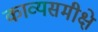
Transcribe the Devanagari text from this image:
काव्यसमीक्षे